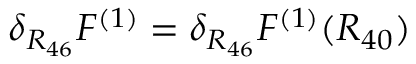
\delta _ { R _ { 4 6 } } F ^ { ( 1 ) } = \delta _ { R _ { 4 6 } } F ^ { ( 1 ) } ( R _ { 4 0 } )